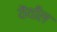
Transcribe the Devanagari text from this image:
यॆथील